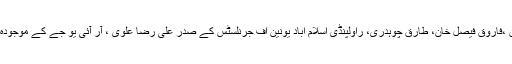
اس موقع پر نیشنل پریس کلب کے سابق صدور شہریار خان ،فاروق فیصل خان، طارق چوہدری، راولپنڈی اسلام آباد یونین آف جرنلسٹس کے صدر علی رضا علوی ، آر آئی یو جے کے موجودہ اور سابقہ صدور اور جنرل سیکرٹری نے بھی شرکت کی۔